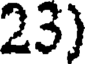
23)